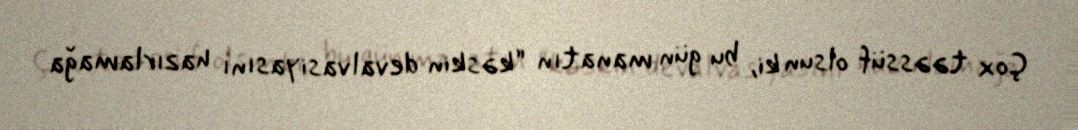
Çox təəssüf olsun ki, bu gün manatın “kəskin devalvasiyasını hazırlamağa